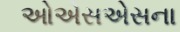
ઓએસએસના